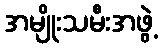
အမျိုးသမီးအဖွဲ့